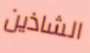
الشاذين